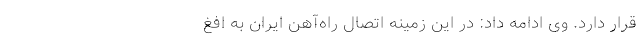
قرار دارد. وی ادامه داد: ‌در این زمینه اتصال راه‌آهن ایران به افغ